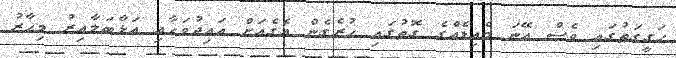
ހަގީގަތުގައި ވެސް އޭނަ މެއިޑެއްގެ ގޮތުގައި ހުރެގެން އެގެއަށް އައިދުވަހާއި އަޅާބަލާއިރު މިހާރު